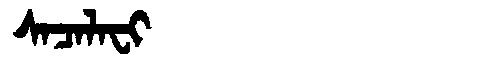
Manchu: ᠰᠠᠴᠠᠯᠠᠸᡳ
Romanization: SACALAFI